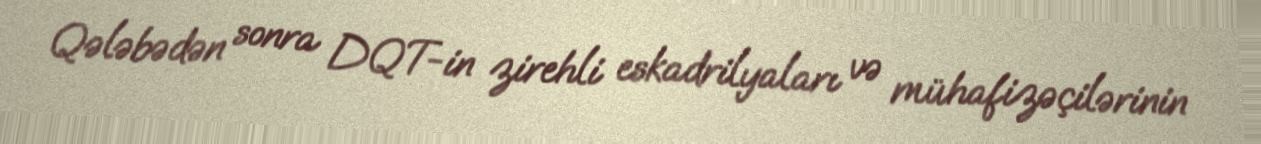
Qələbədən sonra DQT-in zirehli eskadrilyaları və mühafizəçilərinin